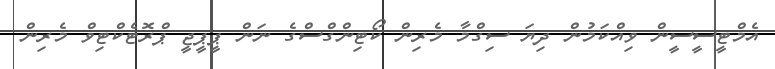
އެމްޓީސީސީން ވިއްކަމުން ދިޔަ ސިގްމާ މެރިން ކޯޓިންގްސްގެ ނަން ޕީޕީޖީ ޕްރޮޓެކްޓިވް މެރިން